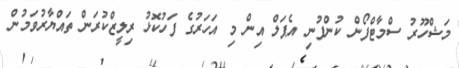
މަޝްހޫރު ސްމާޓްފޯން ކުންފުނި އެޕަލް އިން މި އަހަރުގެ ފަހުކޮޅު ރިލީޒްކުރަން ތައްޔާރުވަމުން